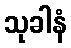
သုခါနံ